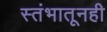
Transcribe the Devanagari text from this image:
स्तंभातूनही